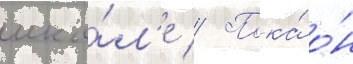
шко́л'е // Пока́ о́н